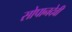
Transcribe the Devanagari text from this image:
सोपानदेवी